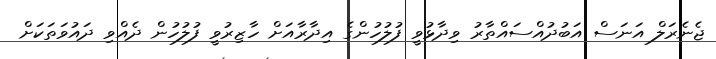
ޖެނެރަލް އަނަސް އަބުދުއްސައްތާރު ވިދާޅުވީ ފުލުހުންގެ އިދާރާއަށް ހާޒިރުވީ ފުލުހުން ދެއްވި ދައުވަތަކަށް